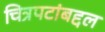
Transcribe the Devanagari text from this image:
चित्रपटांबद्दल